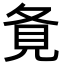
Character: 𡕚